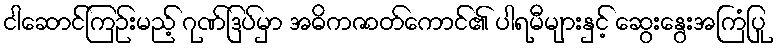
ငါဆောင်ကြဉ်းမည့် ဂုဏ်ဒြပ်မှာ အဓိကဇာတ်ကောင်၏ ပါရမီများနှင့် ဆွေးနွေးအကြံပြု